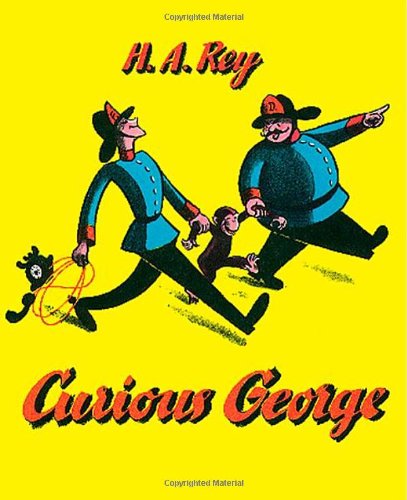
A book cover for Curious George; H. A. Rey; Children's Books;